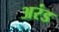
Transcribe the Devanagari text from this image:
अरंड